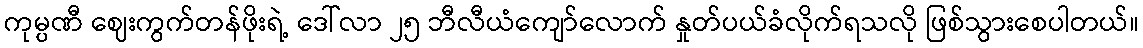
ကုမ္ပဏီ ဈေးကွက်တန်ဖိုးရဲ့ ဒေါ်လာ ၂၅ ဘီလီယံကျော်လောက် နှုတ်ပယ်ခံလိုက်ရသလို ဖြစ်သွားစေပါတယ်။